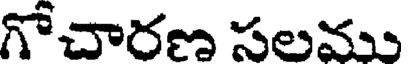
గోచారణ సలము